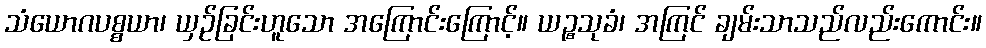
သံယောဂပစ္စယာ၊ ယှဉ်ခြင်းဟူသော အကြောင်းကြောင့်။ ယဉ္စသုခံ၊ အကြင် ချမ်းသာသည်လည်းကောင်း။